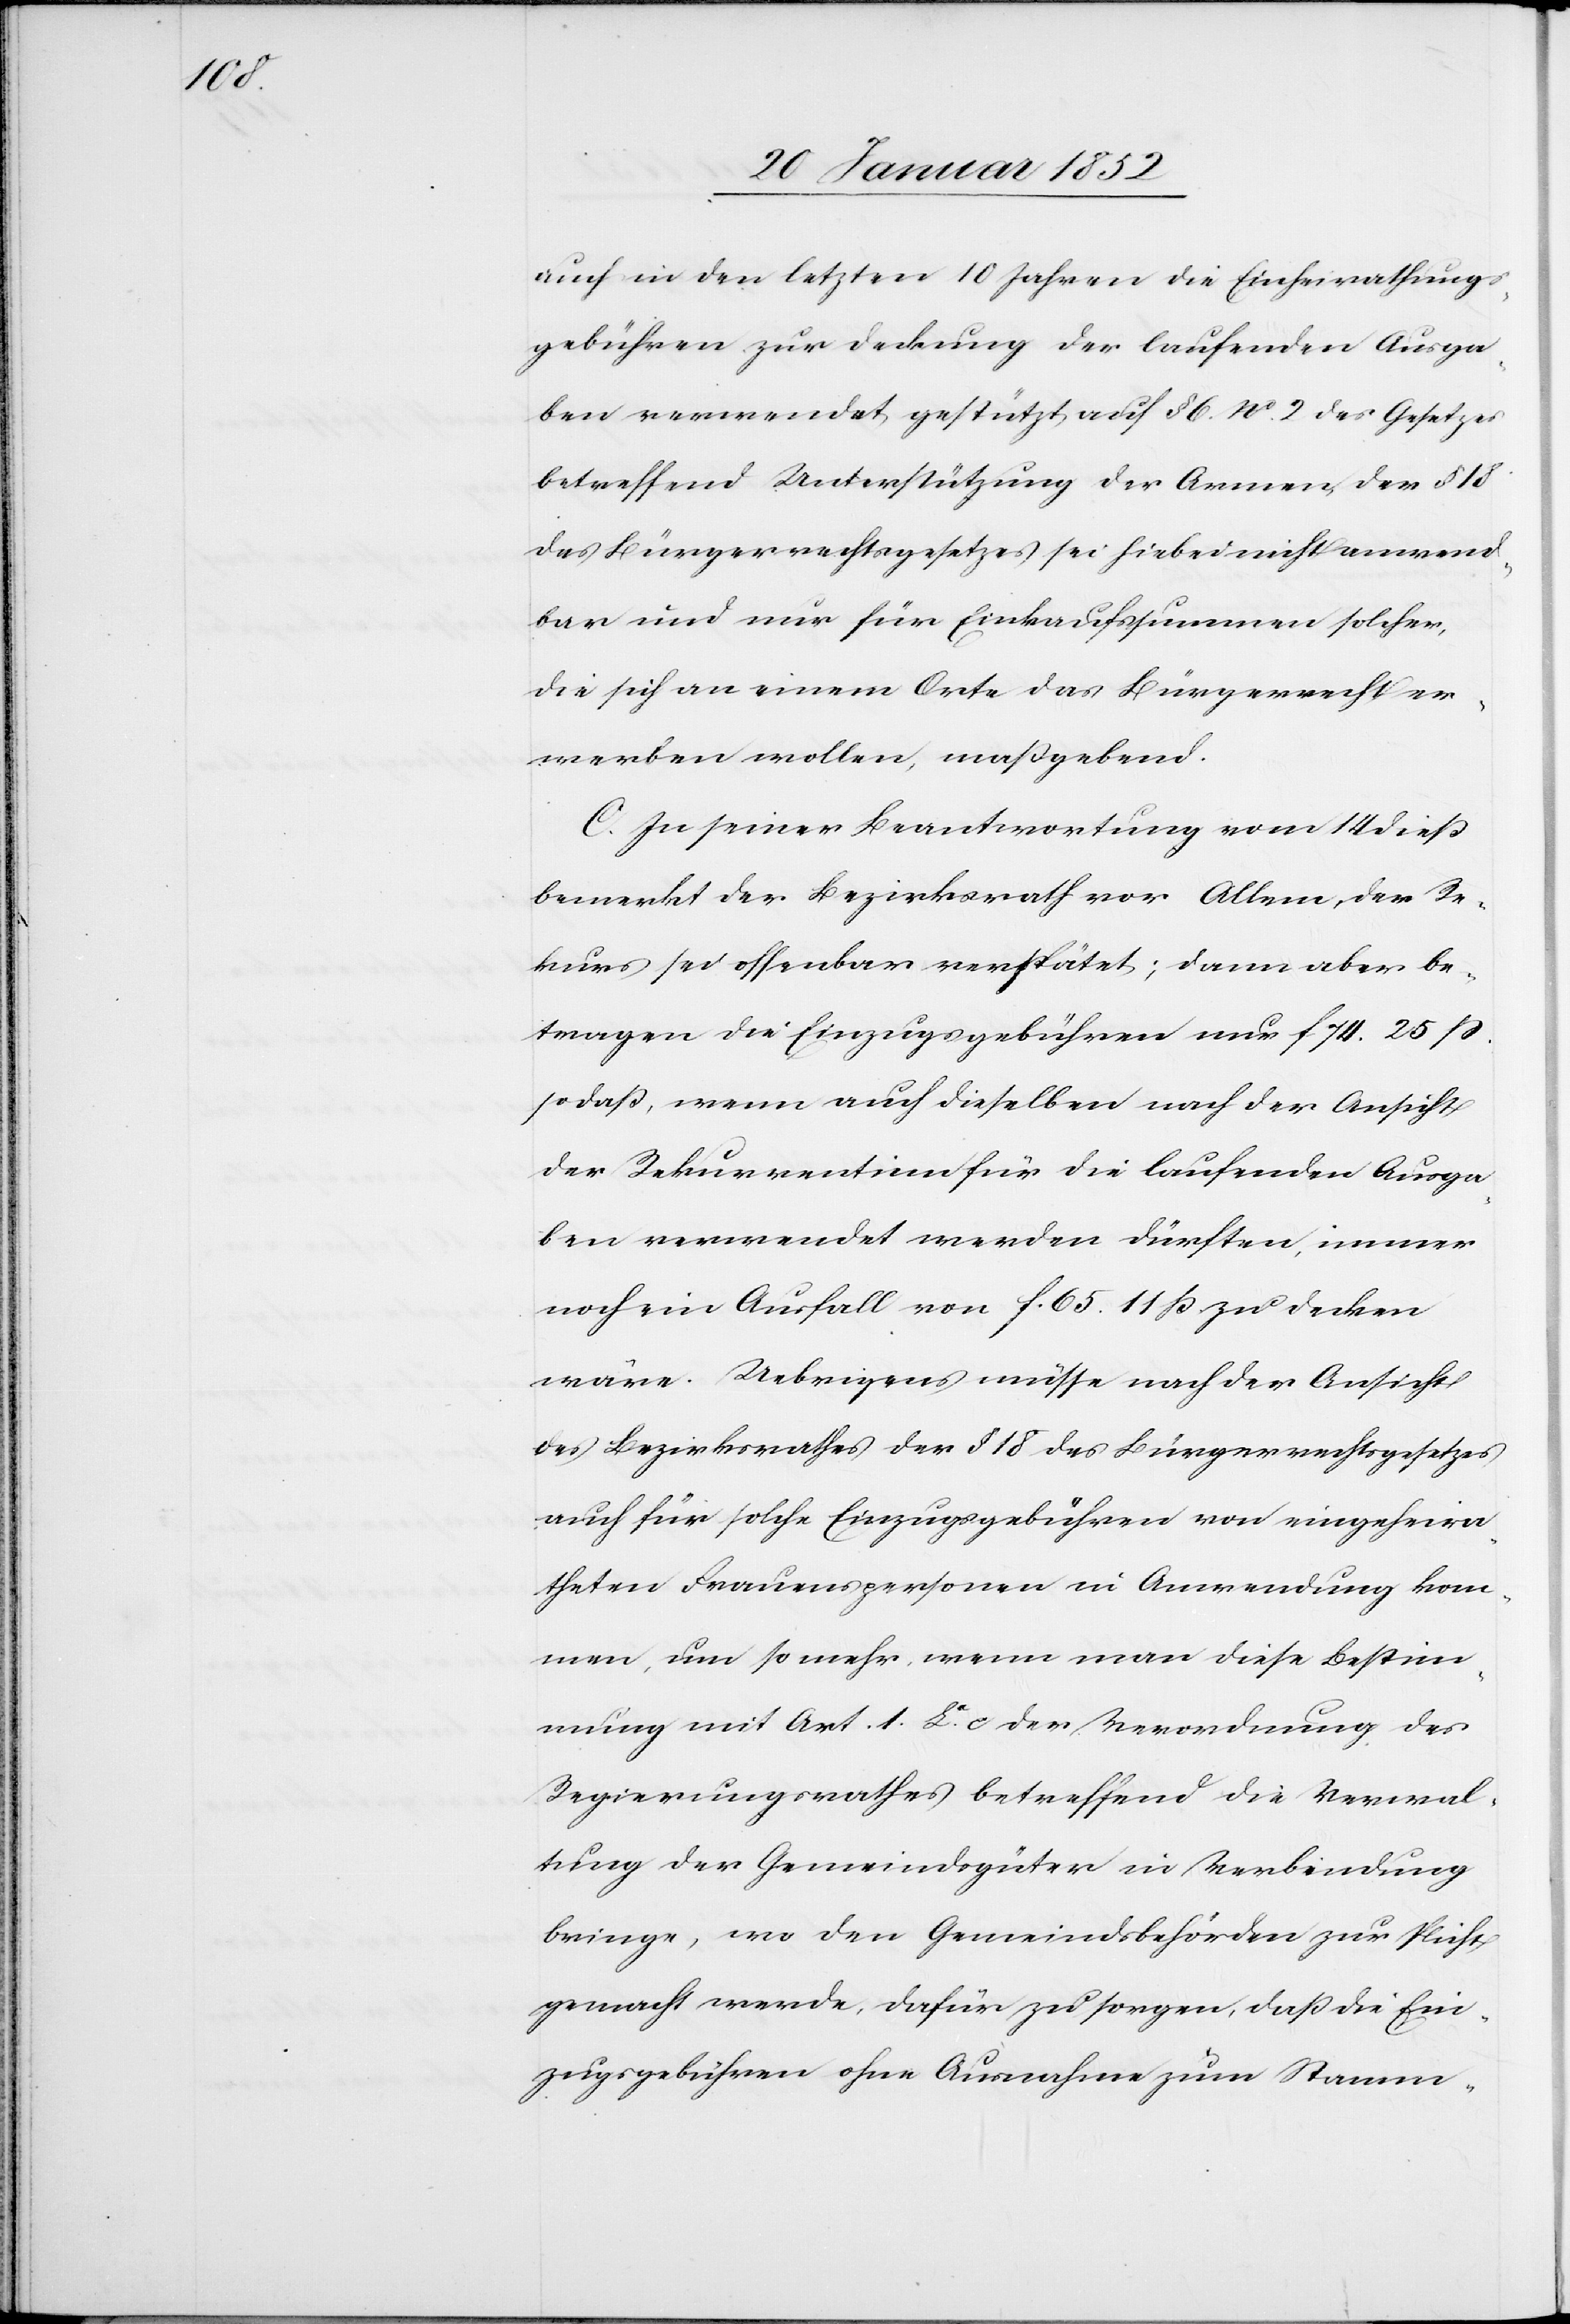
auch in den letzten 10 Jahren die Einheirathungs¬
gebühren zur Deckung der laufenden Ausga¬
ben verwendet, gestützt auf § 6. No. 2 des Gesetzes
betreffend Unterstützung der Armen der § 18
des Bürgerrechtsgesetzes sei hiebei nicht anwend¬
bar und nur für Einkaufssummen solcher,
die sich an einem Orte das Bürgerrecht er¬
werben wollen, maßgebend.
C. In seiner Beantwortung vom 14 dieß
bemerkt der Bezirksrath vor Allem, der Re¬
kurs sei offenbar verspätet; dann aber be¬
tragen die Einzugsgebühren nur f 74. 25 ß.
sodaß, wenn auch dieselben nach der Ansicht
der Rekurrentinn für die laufenden Ausga¬
ben verwendet werden dürften, immer
noch ein Ausfall von f. 65 11 ß zu decken
wäre. Uebrigens müsse nach der Ansicht
des Bezirksrathes der § 18 des Bürgerrechtsgesetzes
auch für solche Einzugsgebühren von eingeheira¬
theten Frauenspersonen in Anwendung kom¬
men, um so mehr, wenn man diese Bestim¬
mung mit Art. 1. La. c der Verordnung des
Regierungsrathes betreffend die Verwal¬
tung der Gemeindegüter in Verbindung
bringe, wo den Gemeindsbehörden zur Pflicht
gemacht werde, dafür zu sorgen, daß die Ein¬
zugsgebühren ohne Ausnahme zum Stamm-